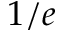
1 / e